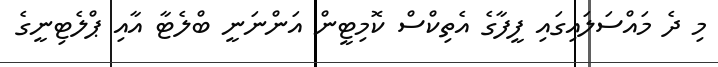
މި ދެ މައްސަލައިގައި ފީފާގެ އެތިކްސް ކޮމިޓީން އަންނަނީ ބްލެޓާ އާއި ޕްލެޓިނީގެ